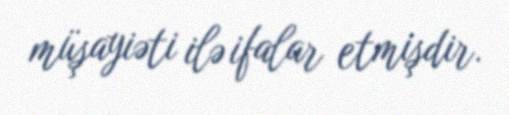
müşayiəti ilə ifalar etmişdir.